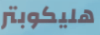
هليكوبتر